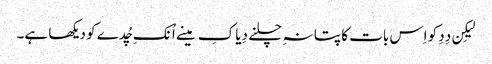
لیکِن دِدِ کو اِس بات کا پتا نہِ چلنے دِیا کِ مینے اُنکِ چُدے کو دیکھا ہے۔